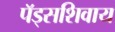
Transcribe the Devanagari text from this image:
पॅड्सशिवाय